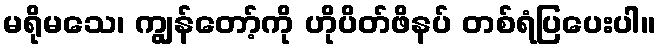
မရိုမသေ၊ ကျွန်တော့်ကို ဟိုပိတ်ဖိနပ် တစ်ရံပြပေးပါ။